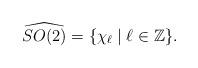
LaTeX: \begin{align*} \widehat{SO(2)} = \{\chi_\ell \mid \ell \in {\mathbb Z}\}.\end{align*}